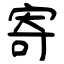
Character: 寄